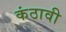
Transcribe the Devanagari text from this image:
कंठावी